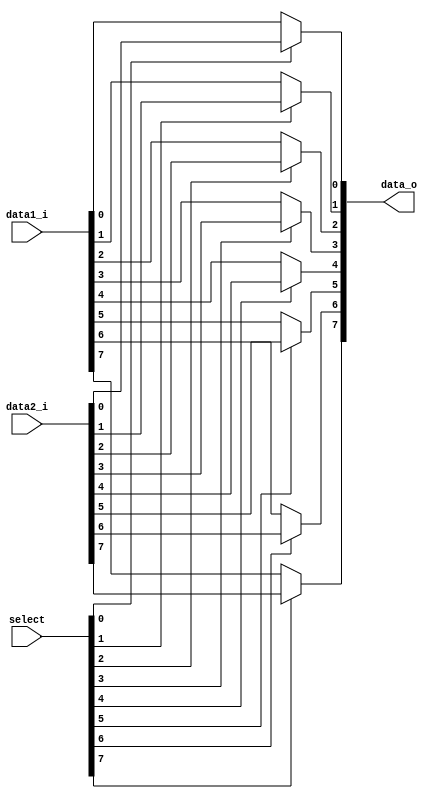
`ifndef BITWISE_MUX_GUARD
`define BITWISE_MUX_GUARD

// select[n] = 0 -> data_o[n] = data1_i[n]
// select[n] = 1 -> data_o[n] = data2_i[n]

module bitwise_mux
  #(
    parameter LENGTH = 8
  )
  (
    input wire [LENGTH-1:0] data1_i,
    input wire [LENGTH-1:0] data2_i,
    input wire [LENGTH-1:0] select,
    output wire [LENGTH-1:0] data_o
  );

  genvar i;
  generate
    for (i = 0; i < LENGTH; i = i + 1) begin
      assign data_o[i] = select[i] ? data2_i[i] : data1_i[i];
    end
  endgenerate

endmodule

`endif // BITWISE_MUX_GUARD